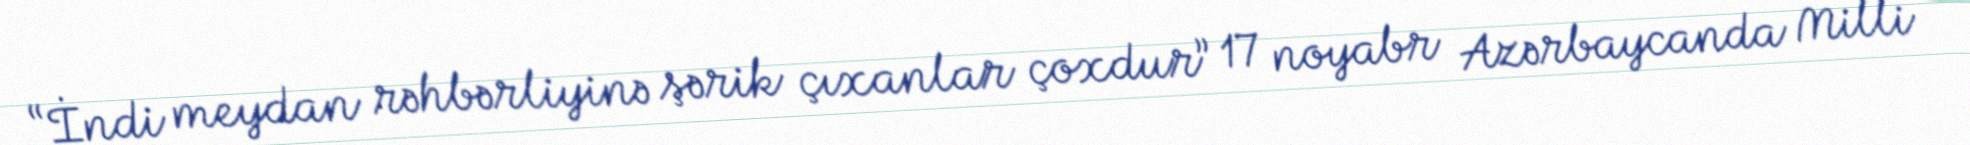
“İndi meydan rəhbərliyinə şərik çıxanlar çoxdur” 17 noyabr Azərbaycanda Milli